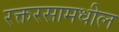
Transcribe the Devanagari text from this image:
रक्तरसामधील